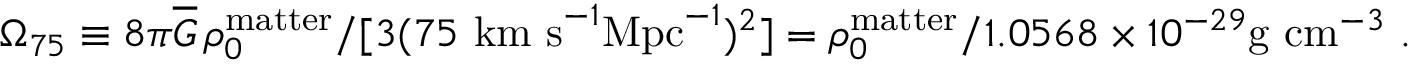
\Omega _ { 7 5 } \equiv 8 \pi \overline { { { G } } } \, \rho _ { 0 } ^ { \mathrm { m a t t e r } } / [ 3 ( 7 5 \ \mathrm { k m ~ s } ^ { - 1 } \mathrm { M p c } ^ { - 1 } ) ^ { 2 } ] = \rho _ { 0 } ^ { \mathrm { m a t t e r } } / 1 . 0 5 6 8 \times 1 0 ^ { - 2 9 } \mathrm { g ~ c m } ^ { - 3 } \ .